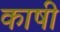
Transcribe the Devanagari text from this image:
काषी